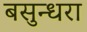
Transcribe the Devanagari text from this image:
बसुन्धरा